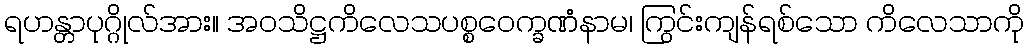
ရဟန္တာပုဂ္ဂိုလ်အား။ အဝသိဋ္ဌကိလေသပစ္စဝေက္ခဏံနာမ၊ ကြွင်းကျန်ရစ်သော ကိလေသာကို